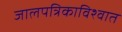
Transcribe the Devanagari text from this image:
जालपत्रिकाविश्वात